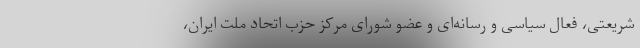
شریعتی، فعال سیاسی و رسانه‌ای و عضو شورای مرکز حزب اتحاد ملت ایران،